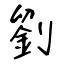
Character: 劉